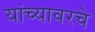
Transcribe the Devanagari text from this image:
यांच्यावरचे